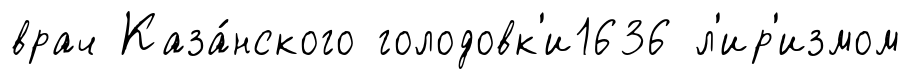
врач Каза́нского голодовк'и1636 л'ир'измом